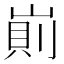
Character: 崱